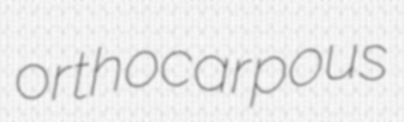
orthocarpous